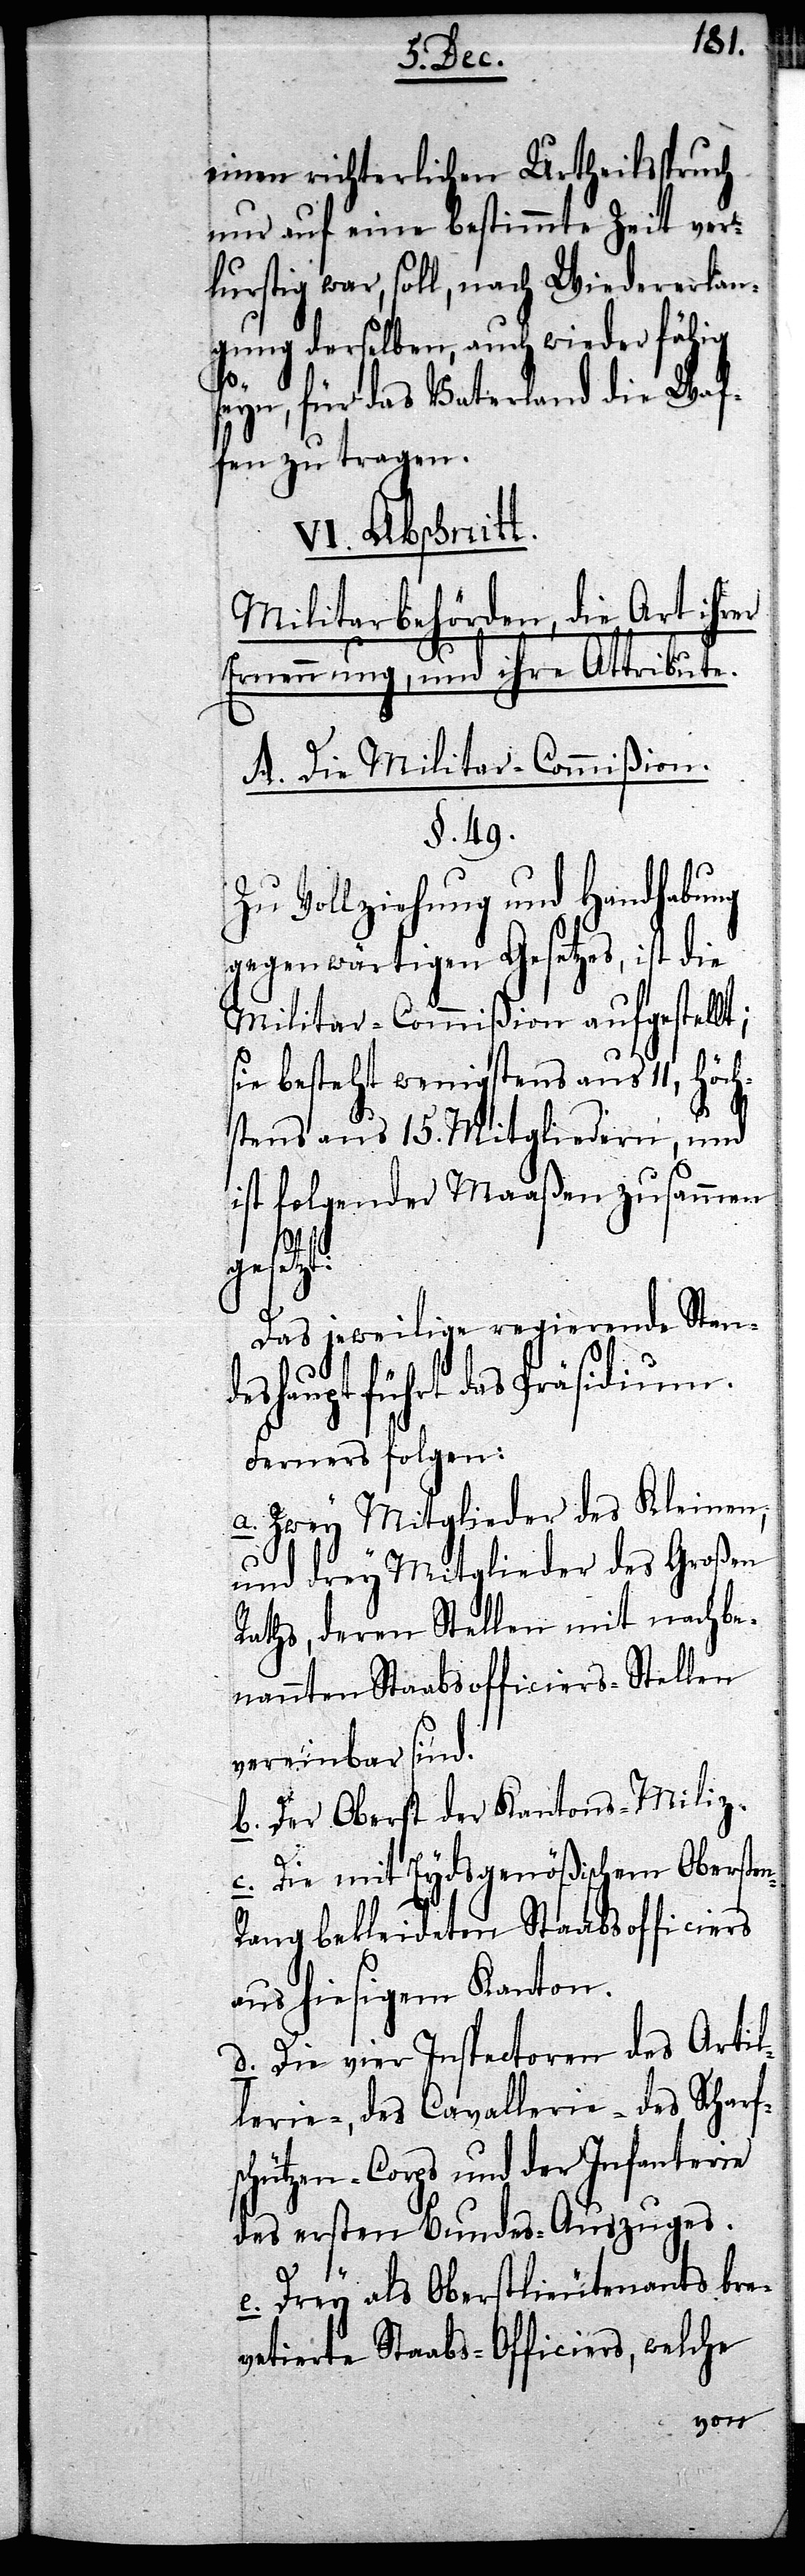
einen richterlichen Urtheilsspruch
nur auf eine bestimmte Zeit ver¬
lurstig war, soll, nach Wiedererlan¬
gung derselben, auch wieder fähig
seyn, für das Vaterland die Waf¬
fen zu tragen.
VI. Abschnit¬
Militarbehörden, die Art ihrer
Ernennung, und ihre Attribute.
A. Die Militar-Commißion.
§. 49.
Zu Vollziehung und Handhabung
gegenwärtigen Gesetzes, ist die
Militar-Commißion aufgestellt;
sie besteht wenigstens aus 11, höch¬
stens aus 15. Mitgliedern, und
ist folgender Maaßen zusammen¬
n-R¬
gesetzt:
Das jeweilige regierende Stan¬
deshaupt führt das Präsidium.
Ferners folgen:
a. Zwey Mitglieder des Kleinen,
und drey Mitglieder des Großen
Raths, deren Stellen mit nachbe¬
nannten Staabsofficiers-Stellen
vereinbar sind.
b. Der Oberst der Kantons-Miliz.
c. Die mit Eydsgenößischen Oberste¬
ang bekleideten Stabsofficiers
aus hiesigem Kanton.
d. Die vier Inspectoren des Artil¬
lerie-, des Cavallerie- des Scharf¬
schützen-Corps und der Infanterie
des ersten Bundes-Auszuges.
e. Drey als Oberstlieutenants bre¬
vetierte Staabs-Officiers, welche